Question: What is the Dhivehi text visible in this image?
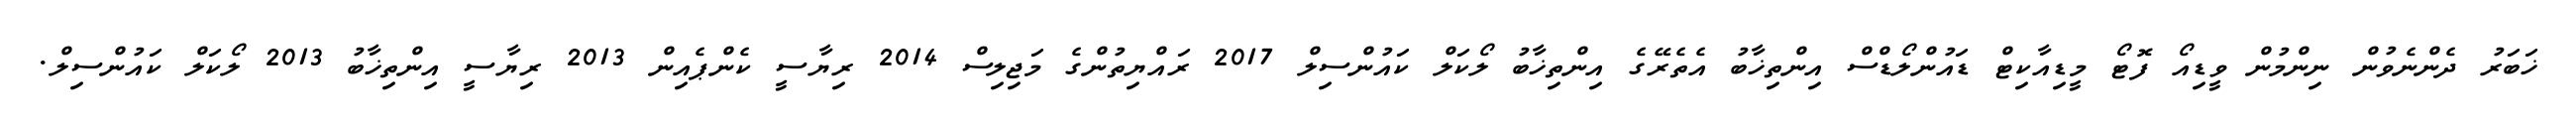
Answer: ޚަބަރު ދެންނެވުން ނިންމުން ވީޑިއޯ ފޮޓޯ މީޑިއާކިޓް ޑައުންލޯޑްސް އިންތިޚާބު އެތެރޭގެ އިންތިޚާބު ލޯކަލް ކައުންސިލް 2017 ރައްޔިތުންގެ މަޖިލިސް 2014 ރިޔާސީ ކެންޕެއިން 2013 ރިޔާސީ އިންތިޚާބު 2013 ލޯކަލް ކައުންސިލް.